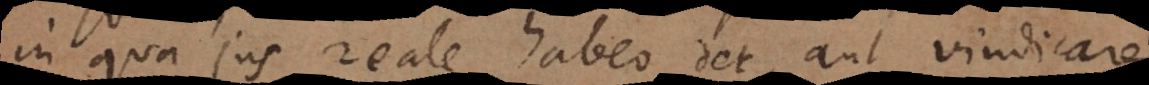
in qua jus reale habeo det, aut vindicare